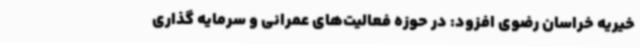
خیریه خراسان رضوی افزود: در حوزه فعالیت‌های عمرانی و سرمایه گذاری